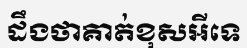
ដឹងថាគាត់ខុសអីទេ